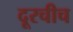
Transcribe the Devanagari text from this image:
दूरचीच